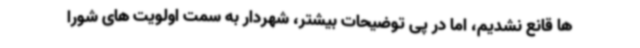
ها قانع نشدیم، اما در پی توضیحات بیشتر، شهردار به سمت اولویت های شورا